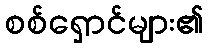
စစ်ရှောင်များ၏